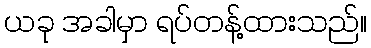
ယခု အခါမှာ ရပ်တန့်ထားသည်။